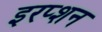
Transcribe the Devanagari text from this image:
इरप्शन